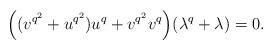
LaTeX: \begin{align*}\Big((v^{q^2}+u^{q^2})u^q+v^{q^2}v^q\Big)(\lambda^q+\lambda)=0.\end{align*}